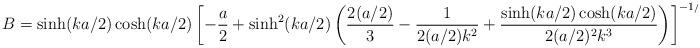
LaTeX: \begin{align*}B=\sinh(ka/2)\cosh(ka/2)\left[-\frac{a}{2}+\sinh^{2}(ka/2)\left(\frac{2(a/2)}{3}-\frac{1}{2(a/2)k^{2}}+\frac{\sinh(ka/2)\cosh(ka/2)}{2(a/2)^{2}k^{3}}\right) \right]^{-1/2}\end{align*}